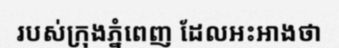
របស់ក្រុងភ្នំពេញ ដែលអះអាងថា